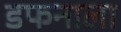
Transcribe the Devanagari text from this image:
डफनाला